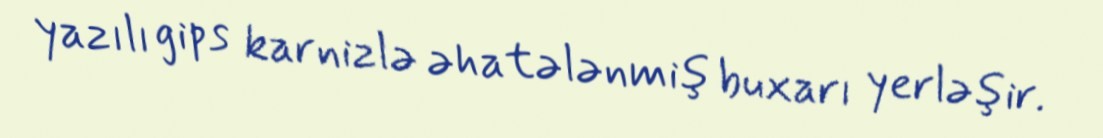
yazılı gips karnizlə əhatələnmiş buxarı yerləşir.